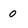
Character: 0